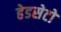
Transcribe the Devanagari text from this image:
हेडसेटों